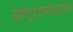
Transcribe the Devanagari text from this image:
अणूरचनेबद्दलचे